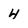
Character: 4